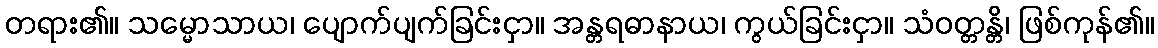
တရား၏။ သမ္မောသာယ၊ ပျောက်ပျက်ခြင်းငှာ။ အန္တရဓာနာယ၊ ကွယ်ခြင်းငှာ။ သံဝတ္တန္တိ၊ ဖြစ်ကုန်၏။